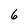
Character: 6